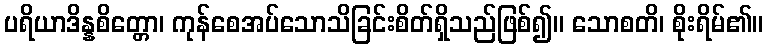
ပရိယာဒိန္နစိတ္တော၊ ကုန်စေအပ်သောသိခြင်းစိတ်ရှိသည်ဖြစ်၍။ သောစတိ၊ စိုးရိမ်၏။